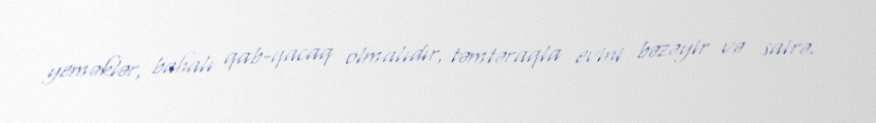
yeməklər, bahalı qab-qacaq olmalıdır, təmtəraqla evini bəzəyir və sairə.